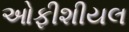
ઓફીશીયલ